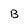
Character: B